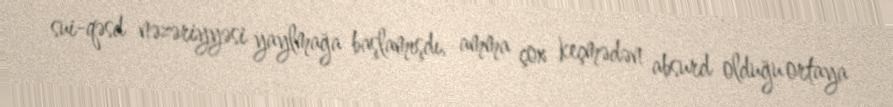
sui-qəsd nəzəriyyəsi yaylmağa başlamışdı, amma çox keçmədən absurd olduğu ortaya